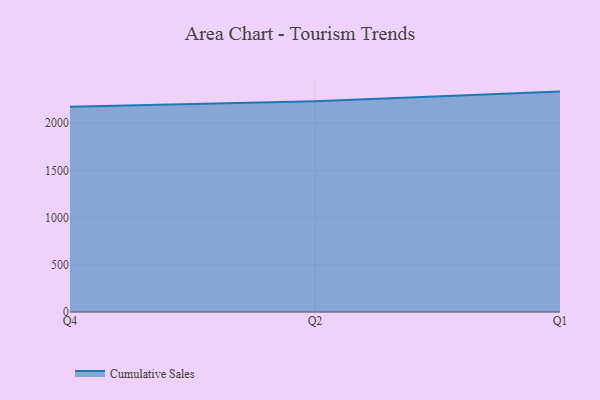
{"axis": {"x": "Quarter", "y": "Shipments"}, "legend": ["Cumulative Sales"], "data": [{"x": "Q4", "y": 2174.7, "type": "Cumulative Sales"}, {"x": "Q2", "y": 2231.2, "type": "Cumulative Sales"}, {"x": "Q1", "y": 2334.1, "type": "Cumulative Sales"}]}